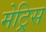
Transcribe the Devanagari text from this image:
मेट्रिस